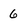
Character: 6